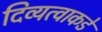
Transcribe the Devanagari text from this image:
दिव्यत्वाकडे